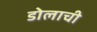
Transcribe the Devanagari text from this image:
डोलाची